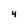
Character: 4